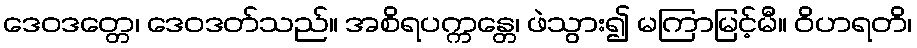
ဒေဝဒတ္တေ၊ ဒေဝဒတ်သည်။ အစိရပက္ကန္တေ၊ ဖဲသွား၍ မကြာမြင့်မီ။ ဝိဟရတိ၊